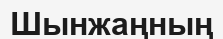
Шынжаңның